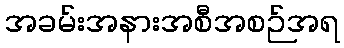
အခမ်းအနားအစီအစဉ်အရ